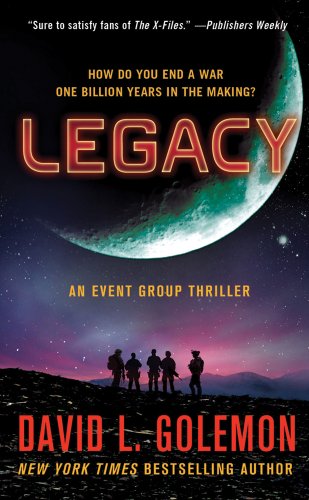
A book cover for Legacy: An Event Group Thriller (Event Group Thrillers); David L. Golemon; Science Fiction & Fantasy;